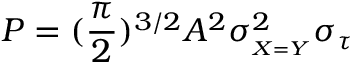
P = ( \frac { \pi } { 2 } ) ^ { 3 / 2 } A ^ { 2 } \sigma _ { _ { X = Y } } ^ { 2 } \sigma _ { \tau }